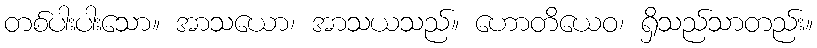
တစ်ပါးပါးသော။ အာသယော၊ အာသယသည်။ ဟောတိယေဝ၊ ရှိသည်သာတည်း။